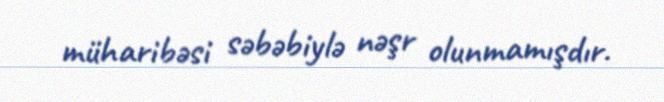
müharibəsi səbəbiylə nəşr olunmamışdır.